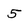
Character: 5